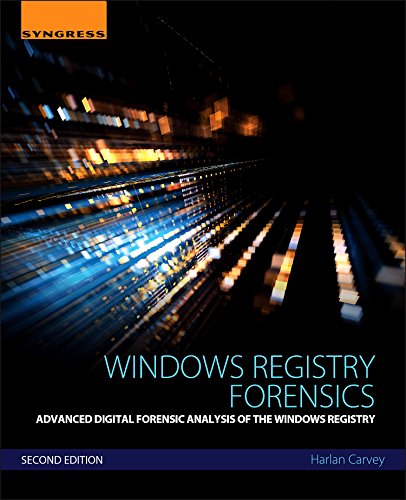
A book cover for Windows Registry Forensics, Second Edition: Advanced Digital Forensic Analysis of the Windows Registry; Harlan Carvey; Computers & Technology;